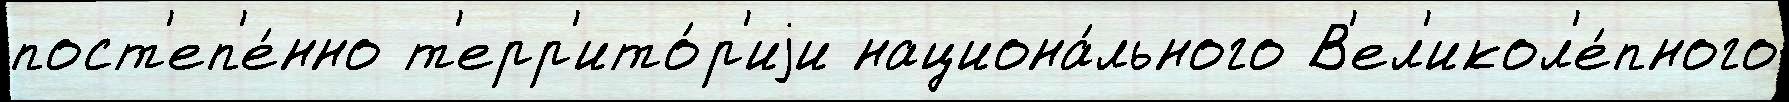
пост'еп'е́нно т'ерр'ито́р'иjи национа́льного В'ел'икол'е́пного